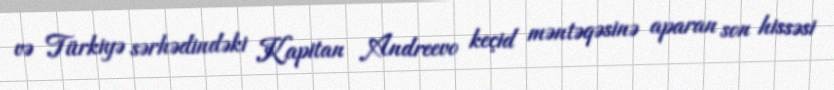
və Türkiyə sərhədindəki Kapitan Andreevo keçid məntəqəsinə aparan son hissəsi